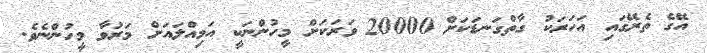
އޭގެ ތެރޭގައި އަހަރަކު ގާތްގަނޑަކަށް 20000 ވަރަކަށް މީހުންނަކީ އަމިއްލައަށް މަރުވާ މީހުންނެވެ.